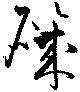
磯